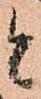
と